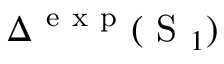
\Delta ^ { \mathrm { ~ e ~ x ~ p ~ } } ( \mathrm { ~ S ~ } _ { 1 } )